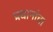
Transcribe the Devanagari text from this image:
प्रधानांचा